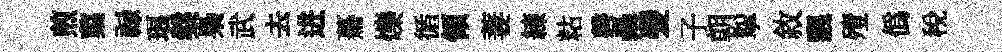
煎蕖禄琅槃梟武去进驀爍循領萋練䊀磬罍髪子朝挐敘飄殪僞税